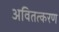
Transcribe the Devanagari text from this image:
अवितत्करण